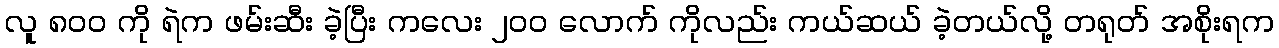
လူ ၈၀၀ ကို ရဲက ဖမ်းဆီး ခဲ့ပြီး ကလေး ၂၀၀ လောက် ကိုလည်း ကယ်ဆယ် ခဲ့တယ်လို့ တရုတ် အစိုးရက